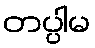
တပ္ပါမ